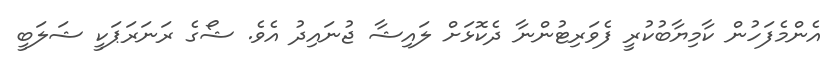
އެންމެފަހުން ކާމިޔާބުކުރީ ފެވަރިޓުންނާ ދެކޮޅަށް ލައިޝާ ޖުނައިދު އެވެ. ޝޯގެ ރަނަރަޕަކީ ޝަލަބީ